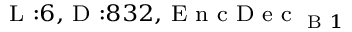
_ { \textrm { L } : 6 , \textrm { D } : 8 3 2 , \textrm { E n c D e c } _ { \textrm { B } 1 } }